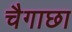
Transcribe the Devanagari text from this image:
चैगाछा